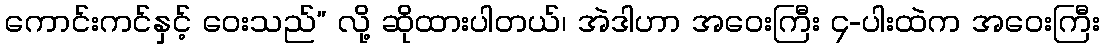
ကောင်းကင်နှင့် ဝေးသည်” လို့ ဆိုထားပါတယ်၊ အဲဒါဟာ အဝေးကြီး ၄-ပါးထဲက အဝေးကြီး